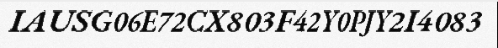
IAUSG06E72CX803F42Y0PJY2I4083